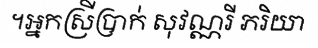
។អ្នកស្រីប្រាក់ សុវណ្ណរី ភរិយា